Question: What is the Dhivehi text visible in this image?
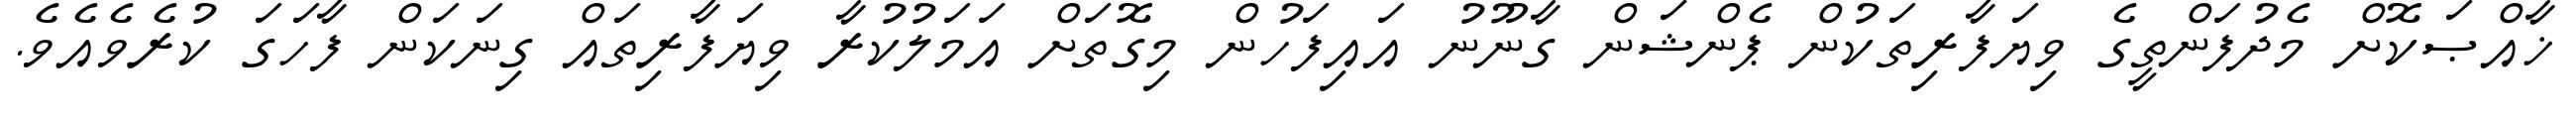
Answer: ޚާއްޞަކޮށް މެދުފަންތީގެ ވިޔަފާރިތަކުން ޕެންޝަން ގާނޫނު އައިފަހުން މިގޮތަށް އަމަލުކުރާ ވިޔަފާރިތައް ގިނަކަން ފާހަގަ ކުރެވެއެވެ.